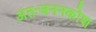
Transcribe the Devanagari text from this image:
अंतःजननकोश